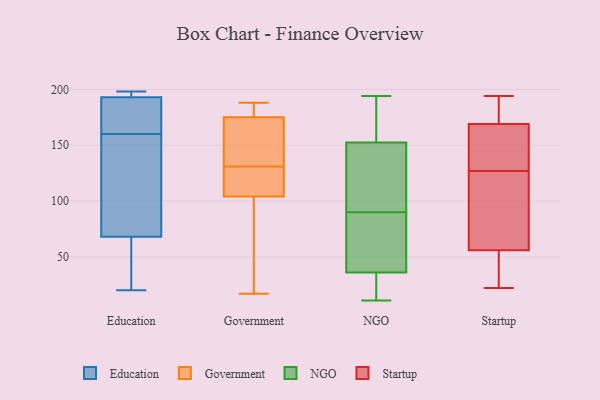
{"axis": {"x": "Page Views", "y": "Value"}, "legend": ["Education", "Government", "NGO", "Startup"], "data": [{"x": "", "y": 114, "type": "Education"}, {"x": "", "y": 196, "type": "Education"}, {"x": "", "y": 193, "type": "Education"}, {"x": "", "y": 20, "type": "Education"}, {"x": "", "y": 198, "type": "Education"}, {"x": "", "y": 98, "type": "Education"}, {"x": "", "y": 160, "type": "Education"}, {"x": "", "y": 119, "type": "Education"}, {"x": "", "y": 127, "type": "Education"}, {"x": "", "y": 47, "type": "Education"}, {"x": "", "y": 183, "type": "Education"}, {"x": "", "y": 58, "type": "Education"}, {"x": "", "y": 198, "type": "Education"}, {"x": "", "y": 197, "type": "Education"}, {"x": "", "y": 193, "type": "Education"}, {"x": "", "y": 184, "type": "Education"}, {"x": "", "y": 58, "type": "Education"}, {"x": "", "y": 161, "type": "Education"}, {"x": "", "y": 28, "type": "Education"}, {"x": "", "y": 90, "type": "Government"}, {"x": "", "y": 175, "type": "Government"}, {"x": "", "y": 188, "type": "Government"}, {"x": "", "y": 122, "type": "Government"}, {"x": "", "y": 17, "type": "Government"}, {"x": "", "y": 131, "type": "Government"}, {"x": "", "y": 131, "type": "Government"}, {"x": "", "y": 132, "type": "Government"}, {"x": "", "y": 104, "type": "Government"}, {"x": "", "y": 188, "type": "Government"}, {"x": "", "y": 32, "type": "NGO"}, {"x": "", "y": 90, "type": "NGO"}, {"x": "", "y": 96, "type": "NGO"}, {"x": "", "y": 153, "type": "NGO"}, {"x": "", "y": 14, "type": "NGO"}, {"x": "", "y": 15, "type": "NGO"}, {"x": "", "y": 173, "type": "NGO"}, {"x": "", "y": 151, "type": "NGO"}, {"x": "", "y": 78, "type": "NGO"}, {"x": "", "y": 11, "type": "NGO"}, {"x": "", "y": 194, "type": "NGO"}, {"x": "", "y": 35, "type": "NGO"}, {"x": "", "y": 144, "type": "NGO"}, {"x": "", "y": 51, "type": "NGO"}, {"x": "", "y": 154, "type": "NGO"}, {"x": "", "y": 100, "type": "NGO"}, {"x": "", "y": 76, "type": "NGO"}, {"x": "", "y": 174, "type": "NGO"}, {"x": "", "y": 39, "type": "NGO"}, {"x": "", "y": 137, "type": "Startup"}, {"x": "", "y": 185, "type": "Startup"}, {"x": "", "y": 131, "type": "Startup"}, {"x": "", "y": 141, "type": "Startup"}, {"x": "", "y": 168, "type": "Startup"}, {"x": "", "y": 107, "type": "Startup"}, {"x": "", "y": 123, "type": "Startup"}, {"x": "", "y": 122, "type": "Startup"}, {"x": "", "y": 180, "type": "Startup"}, {"x": "", "y": 186, "type": "Startup"}, {"x": "", "y": 194, "type": "Startup"}, {"x": "", "y": 37, "type": "Startup"}, {"x": "", "y": 56, "type": "Startup"}, {"x": "", "y": 86, "type": "Startup"}, {"x": "", "y": 42, "type": "Startup"}, {"x": "", "y": 169, "type": "Startup"}, {"x": "", "y": 43, "type": "Startup"}, {"x": "", "y": 22, "type": "Startup"}]}